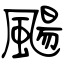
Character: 颺